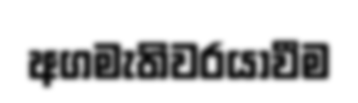
අගමැතිවරයාවීම